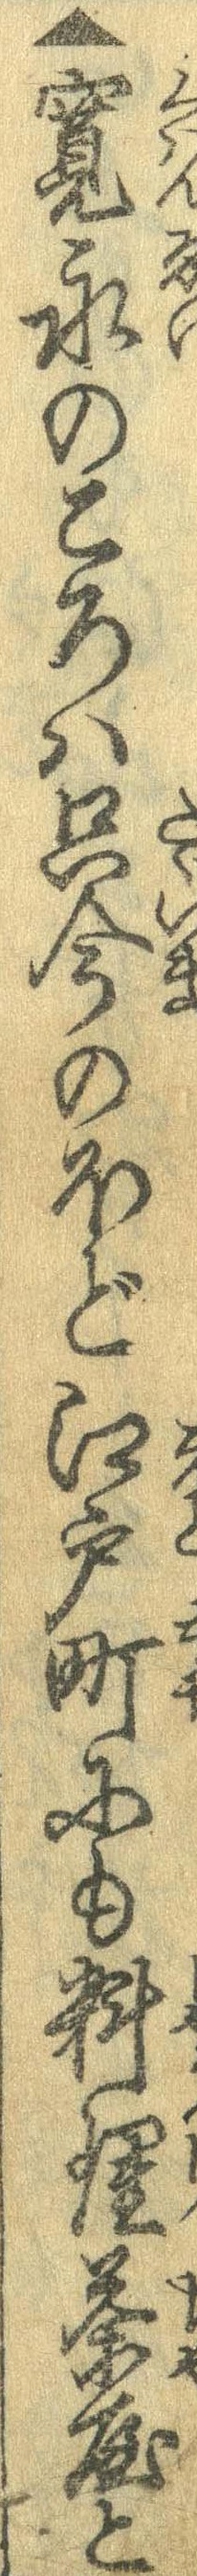
▲寛永のころは只今のほど江戸町にも料理茶屋と